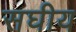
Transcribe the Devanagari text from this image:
सघीय